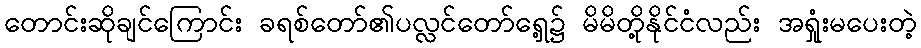
တောင်းဆိုချင်ကြောင်း ခရစ်တော်၏ပလ္လင်တော်ရှေ့၌ မိမိတို့နိုင်ငံလည်း အရှုံးမပေးတဲ့